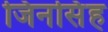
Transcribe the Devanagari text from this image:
जिनसिंह